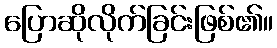
ပြောဆိုလိုက်ခြင်းဖြစ်၏။